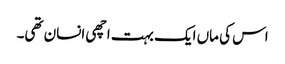
اس کی ماں ایک بہت اچھی انسان تھی۔